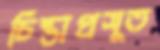
চিন্তাপ্রসূত